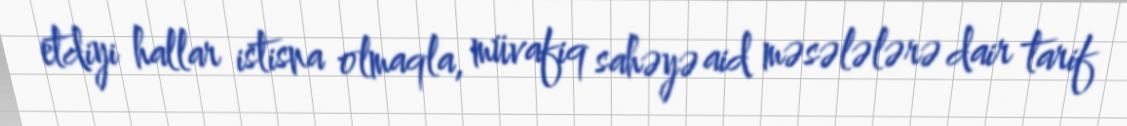
etdiyi hallar istisna olmaqla, müvafiq sahəyə aid məsələlərə dair tarif